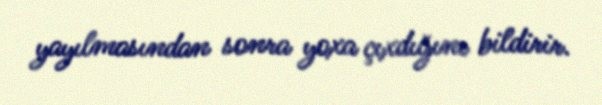
yayılmasından sonra yoxa çıxdığını bildirir.